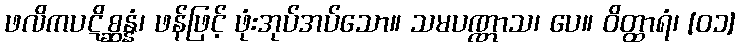
ဖလိကပဋိစ္ဆန္နံ၊ ဖန်ဖြင့် ဖုံးအုပ်အပ်သော။ သမပဏ္ဏာသ၊ ပေ။ ဝိတ္ထာရံ၊ [၀၁]